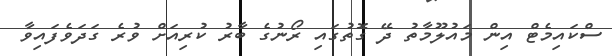
ސްކައިމެޓް އިން މައުލޫމާތު ދޭ ގޮތުގައި ރޯނުގެ ބާރު ކުރިއަށް ވުރެ ގަދަވެފައިވާ